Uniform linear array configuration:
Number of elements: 24
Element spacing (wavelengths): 0.75
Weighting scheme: exponential
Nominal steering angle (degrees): -60
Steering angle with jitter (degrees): -58.268
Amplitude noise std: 0.05
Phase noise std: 0.05

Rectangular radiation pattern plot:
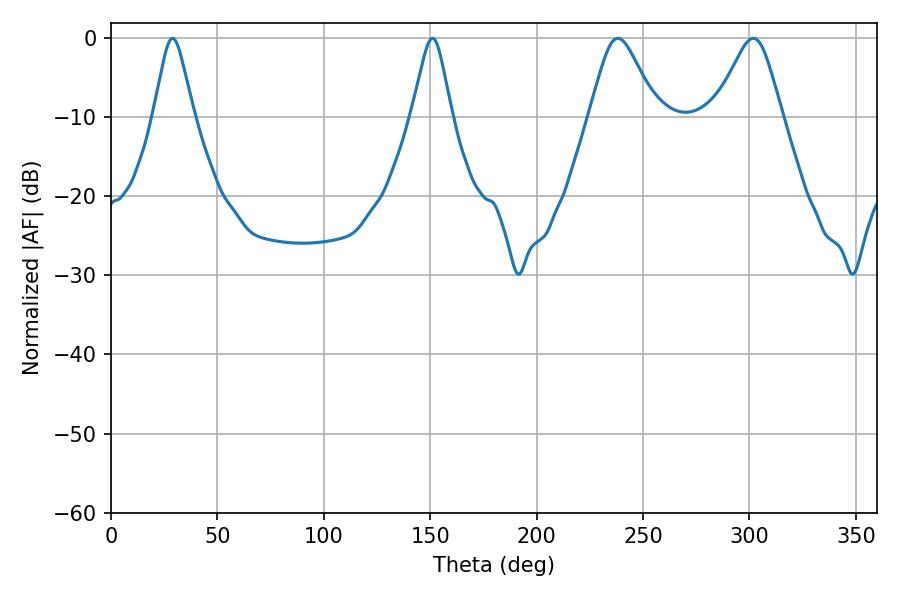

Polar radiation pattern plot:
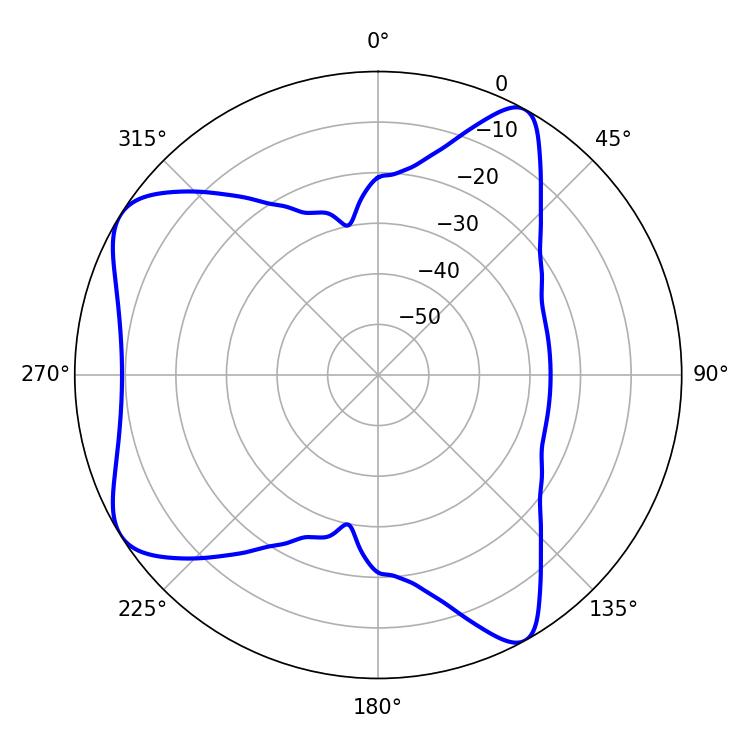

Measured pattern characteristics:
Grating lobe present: TRUE
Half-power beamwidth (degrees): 15.3
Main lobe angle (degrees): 301.86